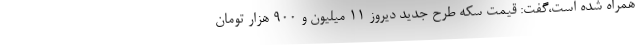
همراه شده است،‌گفت: قیمت سکه طرح جدید دیروز 11 میلیون و 900 هزار تومان